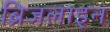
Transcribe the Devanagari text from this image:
ब्रिजलाइन